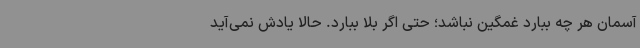
آسمان هر چه ببارد غمگین نباشد؛ حتی اگر بلا ببارد. حالا یادش نمی‌آید